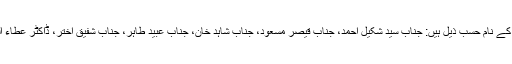
مقالہ نگاران کے نام حسب ذیل ہیں: جناب سید شکیل احمد، جناب قیصر مسعود، جناب شاہد خان، جناب عبید طاہر، جناب شفیق اختر، ڈاکٹر عطاء الرحمن ندوی۔